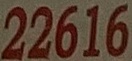
22616